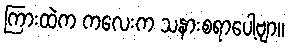
ကြားထဲက ကလေးက သနားစရာပေါ့ဗျာ။